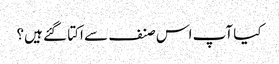
کیا آپ اس صنف سے اکتا گئے ہیں؟